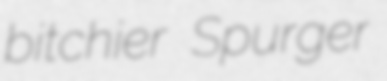
bitchier Spurger